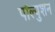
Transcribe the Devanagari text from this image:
पॉल्युशन